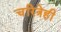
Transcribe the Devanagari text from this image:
चरित्रेही